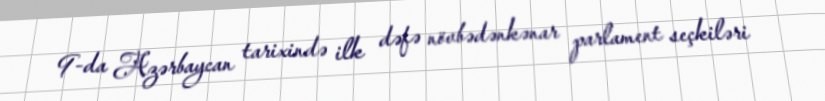
9-da Azərbaycan tarixində ilk dəfə növbədənkənar parlament seçkiləri